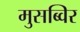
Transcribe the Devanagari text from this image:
मुसब्विर